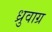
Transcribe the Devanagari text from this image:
ध्रुवाग्र